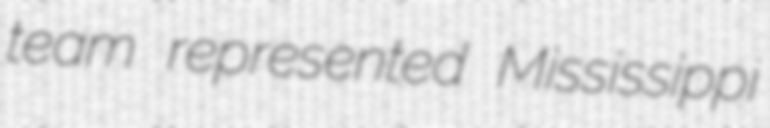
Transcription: team represented Mississippi